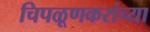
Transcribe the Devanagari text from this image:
चिपळूणकरांच्या